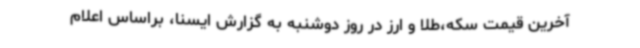
آخرین قیمت سکه،‌طلا و ارز در روز دوشنبه به گزارش ایسنا، براساس اعلام